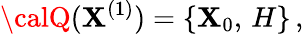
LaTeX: {\calQ}(\mathbf{X}^{(1)})=\left\{ \mathbf{X}_{0},\, H\right\} \, ,